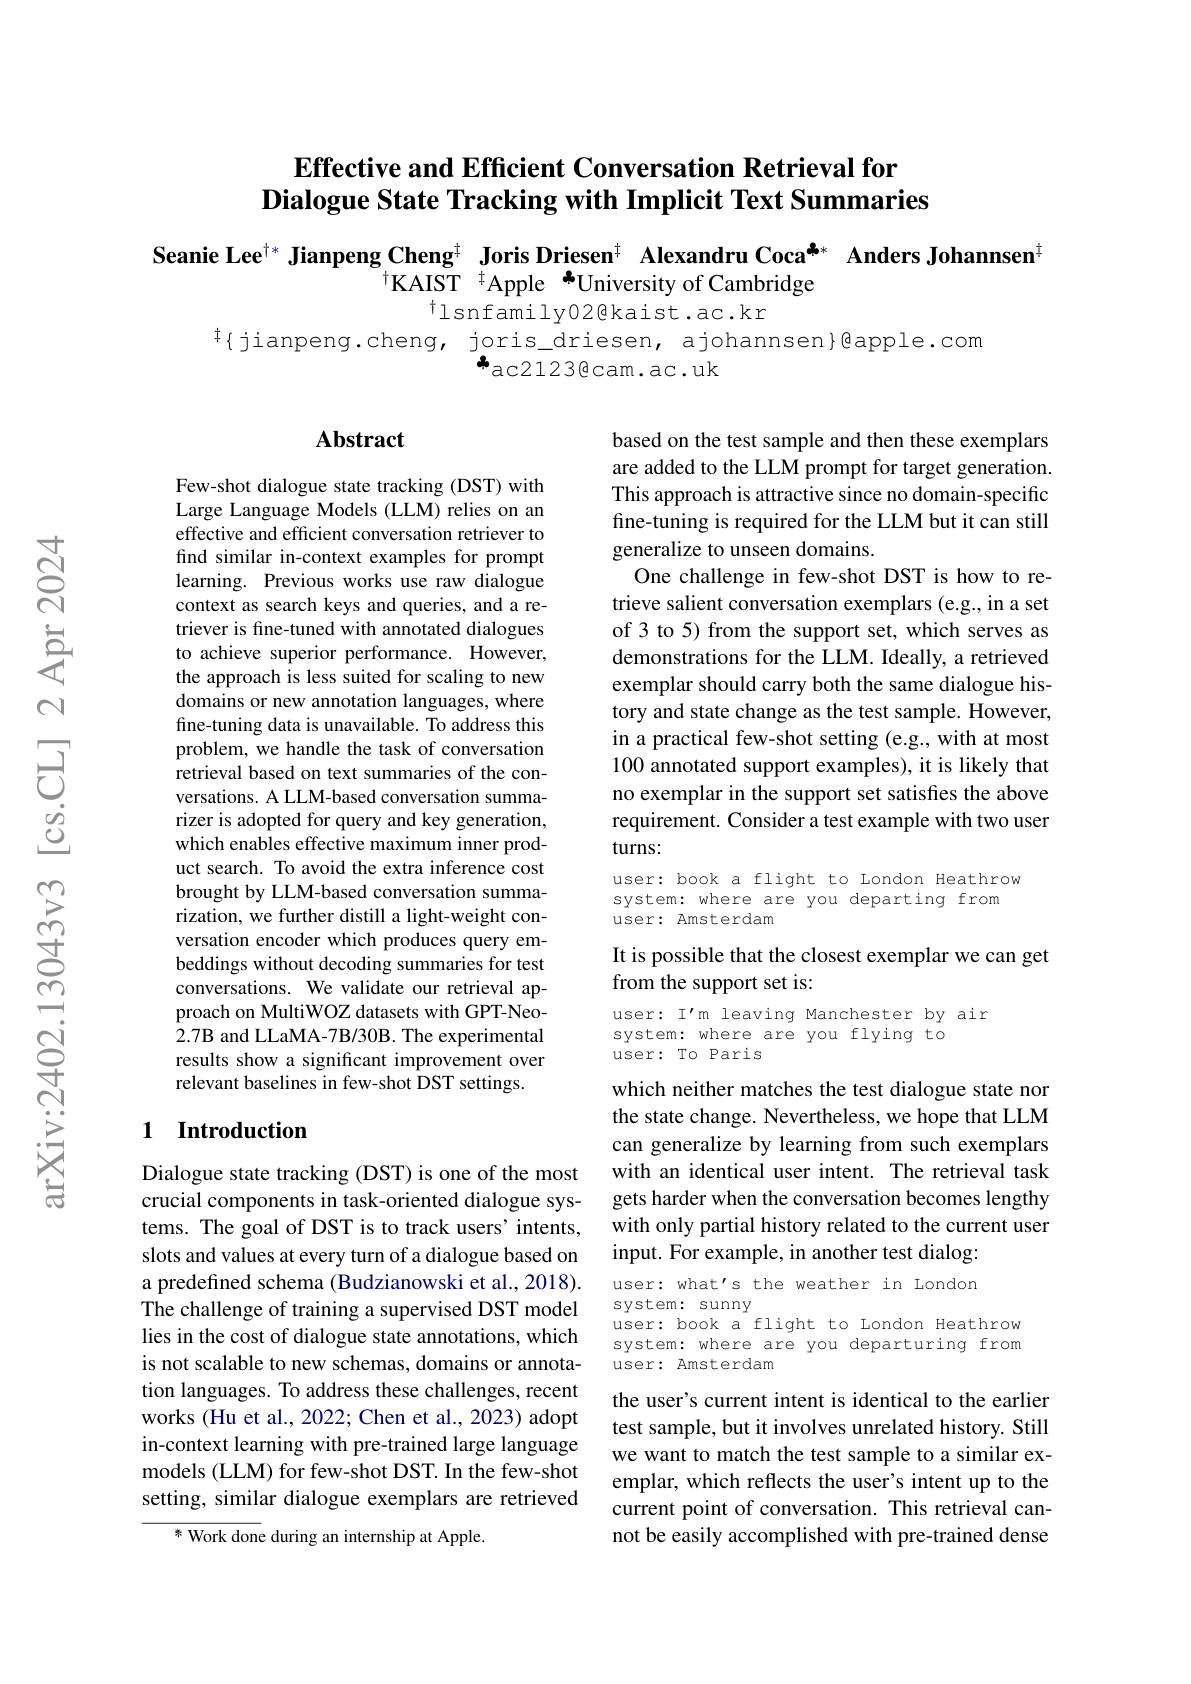
# Effective and Efficient Conversation Retrieval for $\textbf{Dialogue State Tracking with Implicit Text Summaries}$

Seanie Lee$^{\dagger*}$ Jianpeng Cheng$^{\dagger}\textbf{Joris Driesen}^{\dagger}$ Alexandru Coca$^{\text{本}*}$ Anders Johannsen$^{\dagger}$

$^{\dagger}$lsnfamilv02@kaist.ac.kr
$^{\ddagger}\{$jianpeng.cheng, joris\_driesen, ajohannsen}@apple.com
$^{*}$ac2123@cam.ac.uk

### $\mathbf{Abstract}$

based on the test sample and then these exemplars are added to the LLM prompt for target generation. This approach is attractive since no domain-specific fine-tuning is required for the LLM but it can still generalize to unseen domains.
One challenge in few-shot DST is how to retrieve salient conversation exemplars (e.g., in a set of 3 to 5) from the support set, which serves as demonstrations for the LLM. Ideally, a retrieved exemplar should carry both the same dialogue history and state change as the test sample. However, in a practical few-shot setting (e.g., with at most 100 annotated support examples), it is likely that no exemplar in the support set satisfes the above requirement. Consider a test example with two user turns:

Few-shot dialogue state tracking (DST) with Large Language Models (LLM) relies on an effective and efficient conversation retriever to find similar in-context examples for prompt learning. Previous works use raw dialogue context as search keys and queries, and a retriever is fine-tuned with annotated dialogues to achieve superior performance. However, the approach is less suited for scaling to new domains or new annotation languages, where fine-tuning data is unavailable. To address this problem, we handle the task of conversation retrieval based on text summaries of the conversations. A LLM-based conversation summarizer is adopted for query and key generation, which enables effective maximum inner product search. To avoid the extra inference cost brought by LLM-based conversation summarization, we further distill a light-weight conversation encoder which produces query embeddings without decoding summaries for test conversations. We validate our retrieval approach on MultiWOZ datasets with GPT-Neo- 2.7B and LLaMA-7B/30B. The experimental results show a significant improvement over relevant baselines in few-shot DST settings.

user: book a flight to London Heathrow system: where are you departing from user: Amsterdam

## It is possible that the closest exemplar we can get from the support set is:

user: I'm leaving Manchester by air
system: where are you flying to
user: To Paris

## 1 Introduction

which neither matches the test dialogue state nor the state change. Nevertheless, we hope that LLM can generalize by learning from such exemplars with an identical user intent. The retrieval task gets harder when the conversation becomes lengthy with only partial history related to the current user input. For example, in another test dialog:

user: what's the weather in London
system: sunny
user: book a flight to London Heathrow system: where are you departuring from $\bar{\mathrm{user:~Amsterdam}}$

Dialogue state tracking (DST) is one of the most crucial components in task-oriented dialogue systems. The goal of DST is to track users' intents, slots and values at every turn of a dialogue based on a predefined schema (Budzianowski et al., 2018). The challenge of training a supervised DST model lies in the cost of dialogue state annotations, which is not scalable to new schemas, domains or annotation languages. To address these challenges, recent works (Hu et al., 2022; Chen et al., 2023) adopt in-context learning with pre-trained large language models (LLM) for few-shot DST. In the few-shot setting, similar dialogue exemplars are retrieved

the user's current intent is identical to the earlier test sample, but it involves unrelated history. Still we want to match the test sample to a similar exemplar, which reflects the user's intent up to the current point of conversation. This retrieval cannot be easily accomplished with pre-trained dense

${\overline{\text{ * Work don}}}$e during an internship at Apple.